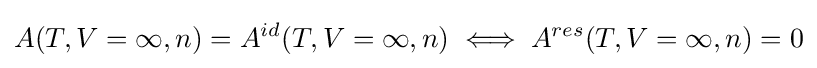
A(T,V=\infty ,n)=A^{id}(T,V=\infty ,n)\iff A^{res}(T,V=\infty ,n)=0